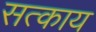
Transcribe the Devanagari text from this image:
सत्काय